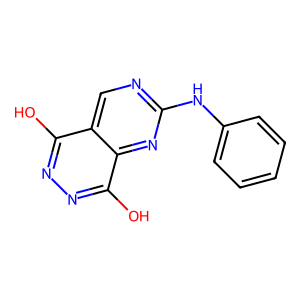
SMILES: Oc1nnc(O)c2nc(Nc3ccccc3)ncc12
Inhibits HIV replication: No